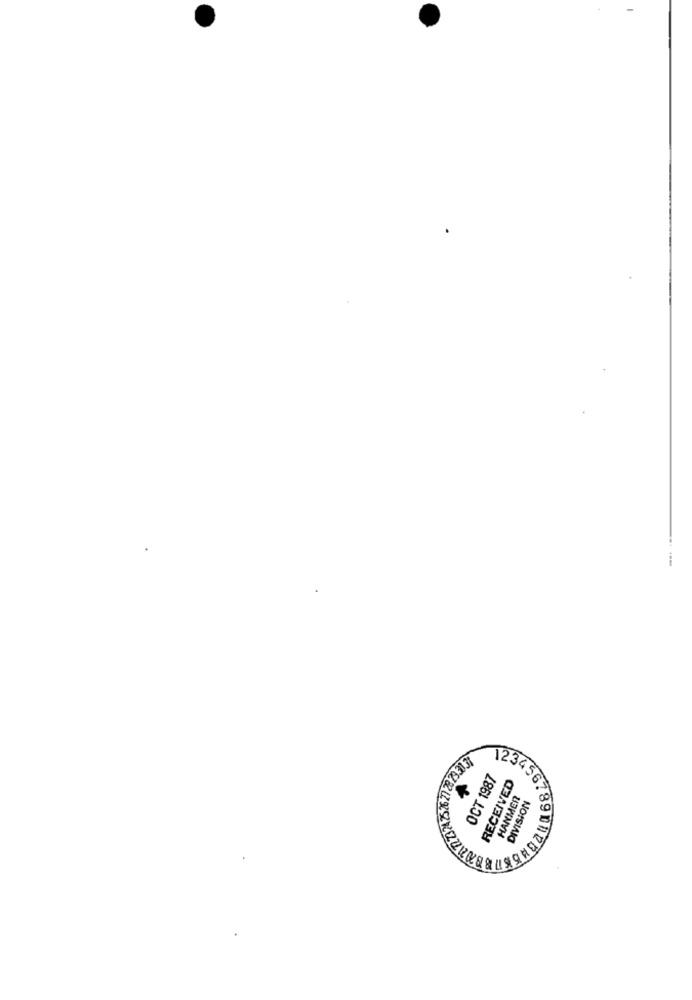
973.317
OCT 1987
RECEIVED
HANMER
DIVISION
6789112048